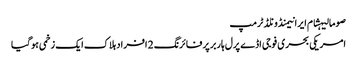
صومالیہشام ایرانیمنڈونلڈ ٹرمپ
امریکی بحری فوجی اڈے پرل ہاربر پر فائرنگ 2 افراد ہلاک ایک زخمی ہوگیا